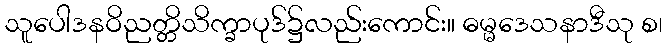
သူပေါဒနဝိညတ္တိသိက္ခာပုဒ်၌လည်းကောင်း။ ဓမ္မဒေသနာဒီသု စ၊